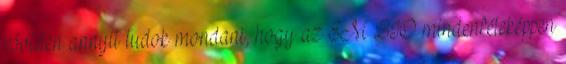
röviden annyit tudok mondani, hogy az EM BIO mindenféleképpen